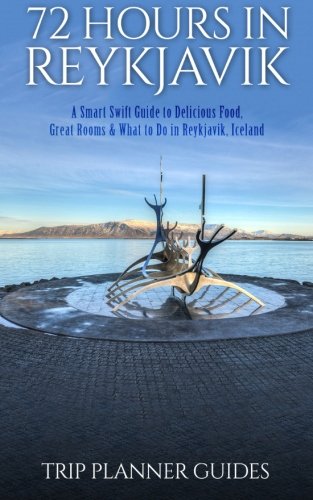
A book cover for Reykjavik: 72 Hours in Reykjavik A smart swift guide to delicious food, great rooms & what to do in Reykjavik, Iceland (Trip Planner Guides) (Volume 3); Trip Planner Guides; Travel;